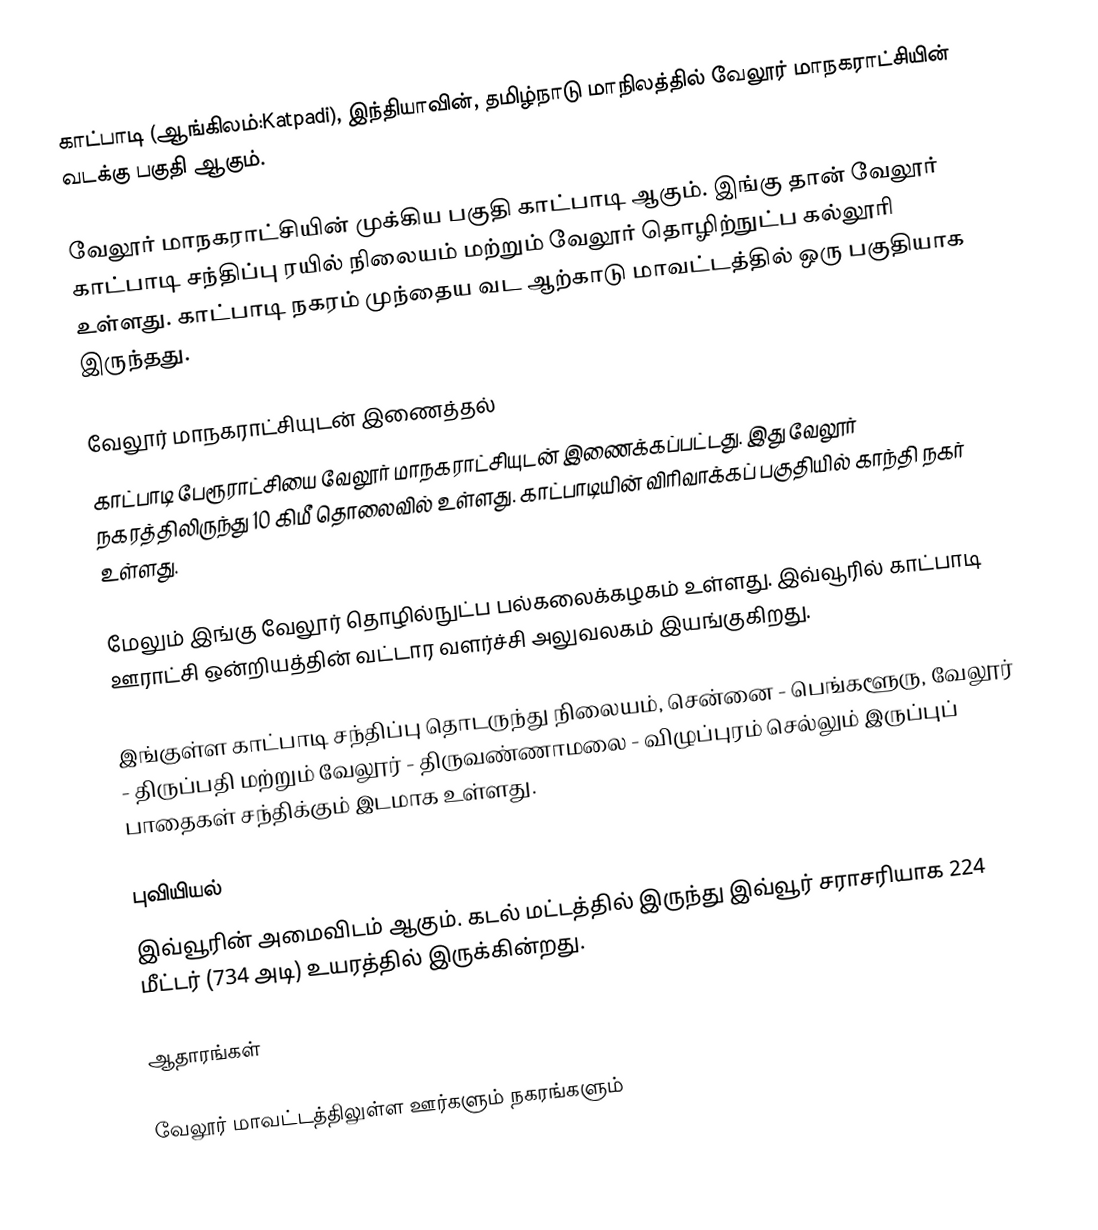
காட்பாடி (ஆங்கிலம்:Katpadi), இந்தியாவின், தமிழ்நாடு மாநிலத்தில் வேலூர் மாநகராட்சியின் வடக்கு பகுதி ஆகும்.

வேலூர் மாநகராட்சியின் முக்கிய பகுதி காட்பாடி ஆகும். இங்கு தான் வேலூர் காட்பாடி சந்திப்பு ரயில் நிலையம் மற்றும் வேலூர் தொழிற்நுட்ப கல்லூரி உள்ளது. காட்பாடி நகரம் முந்தைய வட ஆற்காடு மாவட்டத்தில் ஒரு பகுதியாக இருந்தது.

வேலூர் மாநகராட்சியுடன் இணைத்தல்
காட்பாடி பேரூராட்சியை வேலூர் மாநகராட்சியுடன் இணைக்கப்பட்டது. இது வேலூர் நகரத்திலிருந்து 10 கிமீ தொலைவில் உள்ளது.  காட்பாடியின் விரிவாக்கப் பகுதியில் காந்தி நகர் உள்ளது.

மேலும் இங்கு வேலூர் தொழில்நுட்ப பல்கலைக்கழகம் உள்ளது.  இவ்வூரில் காட்பாடி ஊராட்சி ஒன்றியத்தின் வட்டார வளர்ச்சி அலுவலகம் இயங்குகிறது.

இங்குள்ள காட்பாடி சந்திப்பு தொடருந்து நிலையம், சென்னை - பெங்களூரு, வேலூர் - திருப்பதி மற்றும் வேலூர் - திருவண்ணாமலை - விழுப்புரம் செல்லும் இருப்புப் பாதைகள் சந்திக்கும் இடமாக உள்ளது.

புவியியல்
இவ்வூரின் அமைவிடம்  ஆகும். கடல் மட்டத்தில் இருந்து இவ்வூர் சராசரியாக 224 மீட்டர் (734 அடி) உயரத்தில் இருக்கின்றது.

ஆதாரங்கள்

வேலூர் மாவட்டத்திலுள்ள ஊர்களும் நகரங்களும்